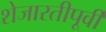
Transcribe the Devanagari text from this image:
शेजारतीपूर्वी